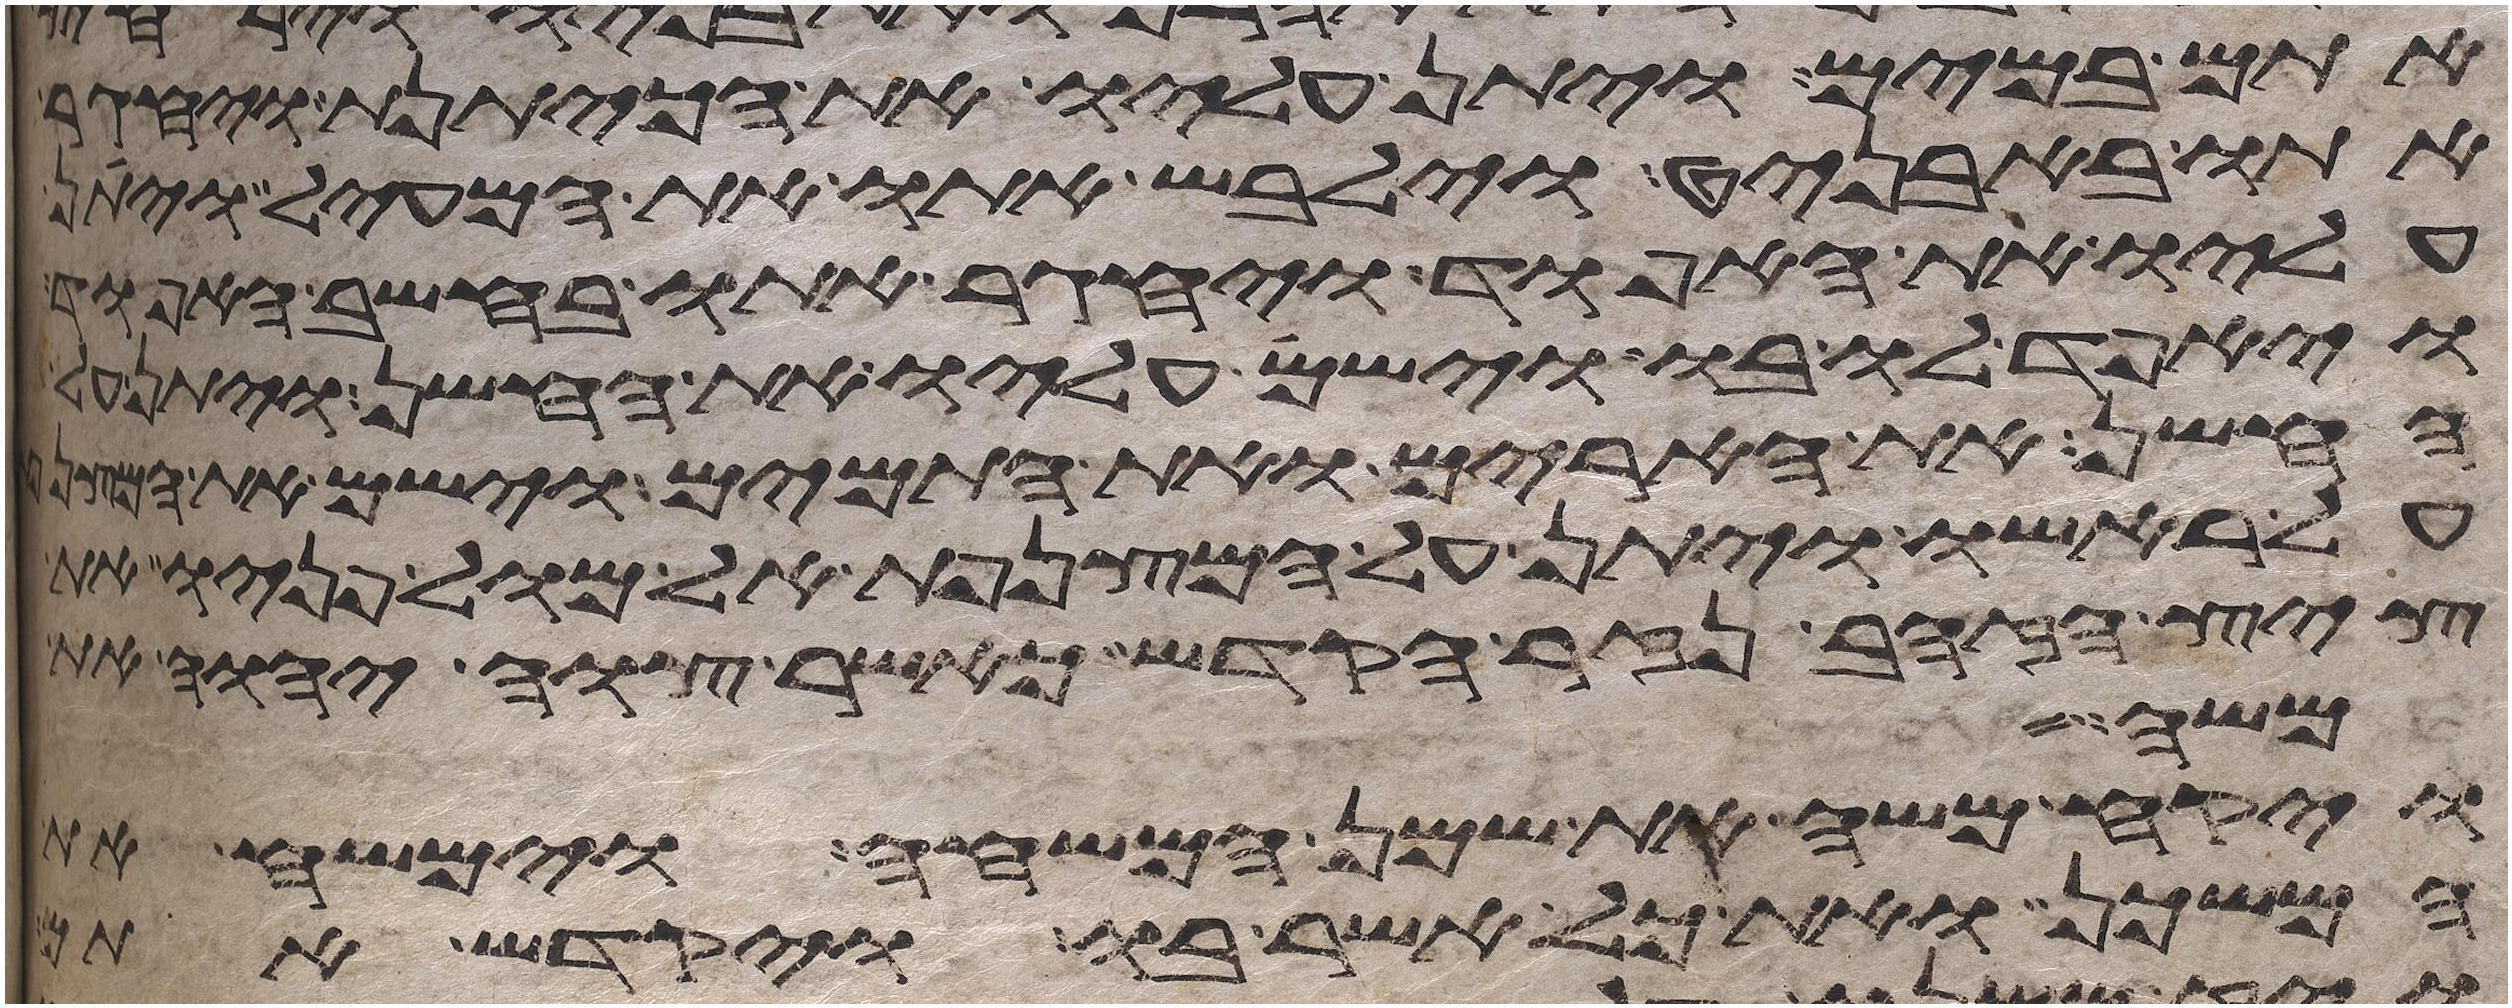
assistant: אתם במים ויתן עליו את הכיתנת ויחגר
אתו באבניט וילבש אתו את המעיל ויתן
עליו את האפוד ויחגר אתו בחשב האפוד
ויאפד לו בו וישם עליו את החשן ויתן
החשן את הארים ואת התמים וישם את
על ראשו ויתן על המצנפת אל מול פניו את
ציץ הזהב נזר הקדש כאשר צוה יהוה את
משה
ויקח משה את שמן המשחה וימשח את
המשכן ואת כל אשר בו ויקדש אתם